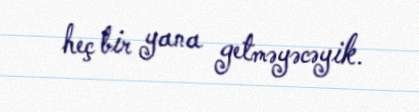
heç bir yana getməyəcəyik.